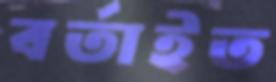
বর্তাইত